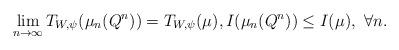
LaTeX: \begin{align*}\lim_{n\to\infty} T_{W,\psi}(\mu_n(Q^n))= T_{W,\psi}(\mu), I(\mu_n(Q^n))\le I(\mu), \ \forall n.\end{align*}